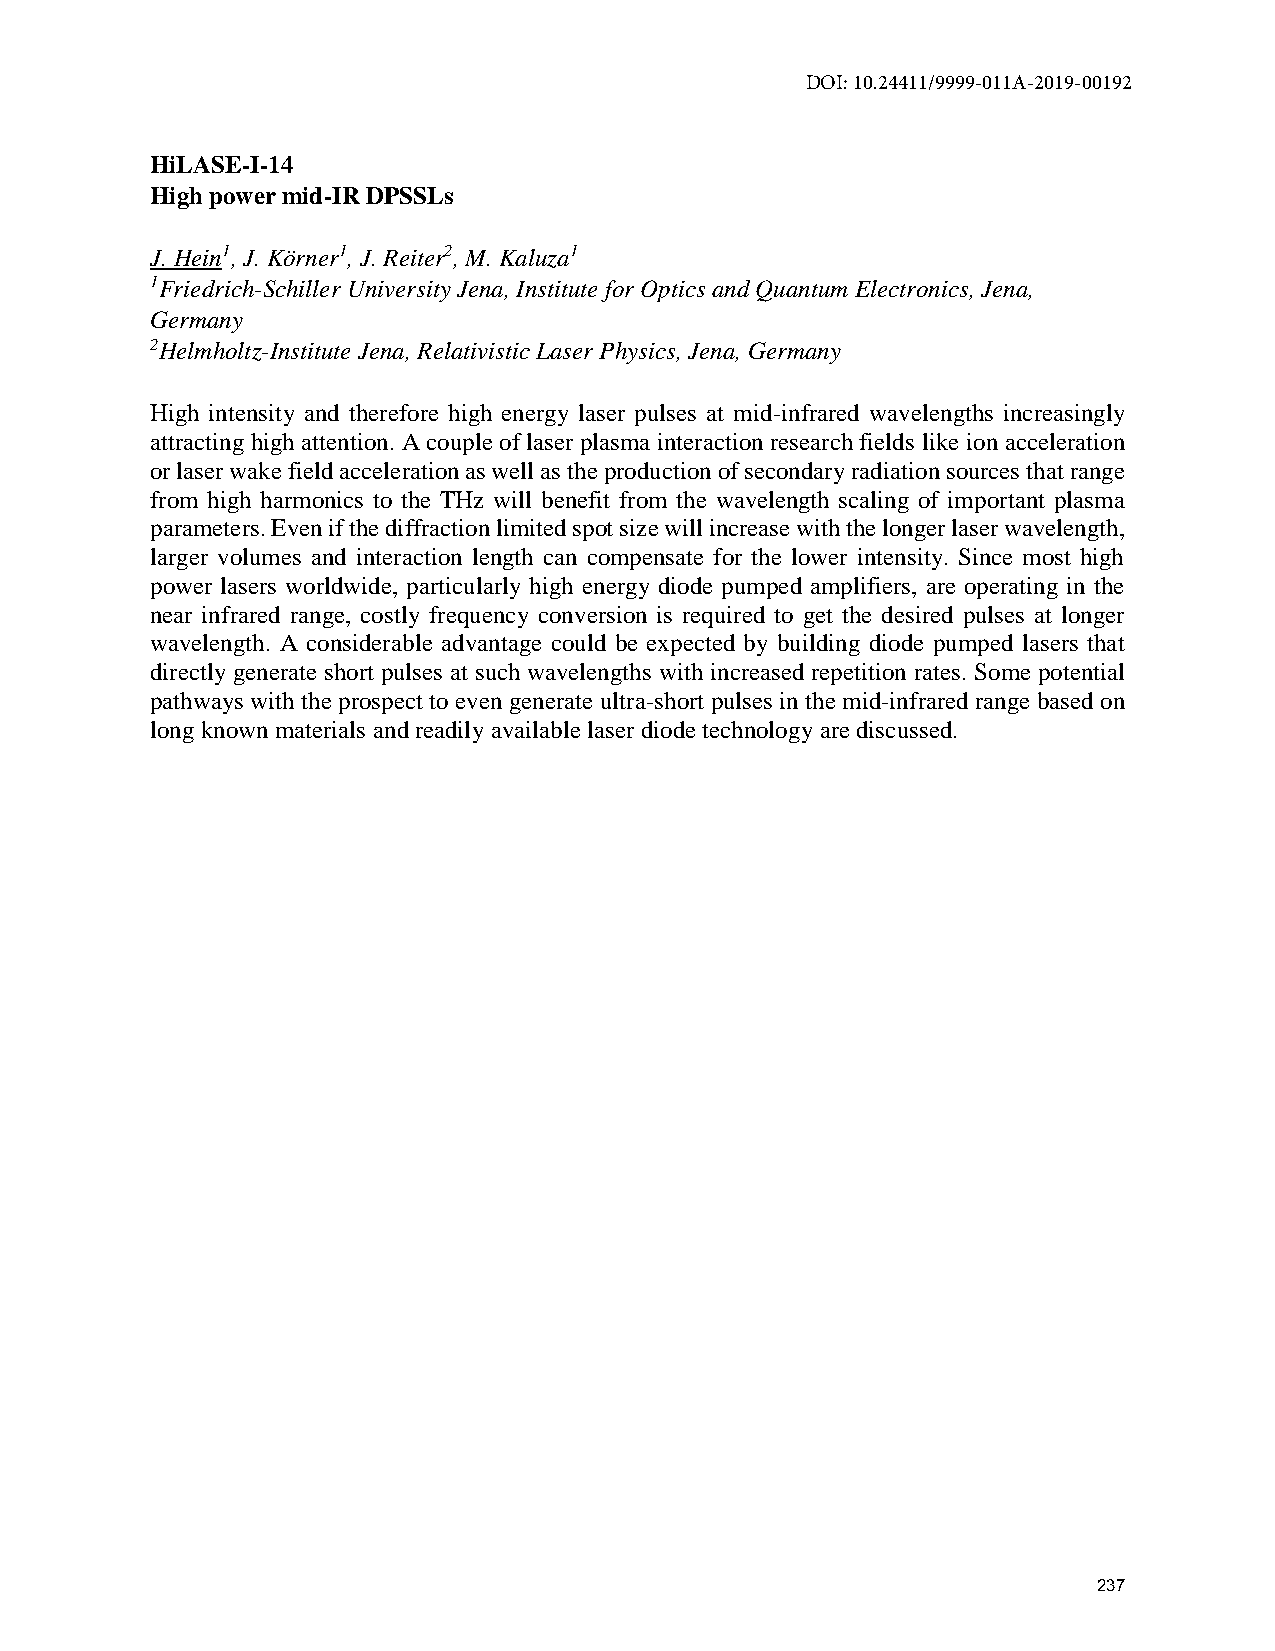
DOI: 10.24411/9999-011A-2019-00192
 HiLASE-I-14
 High power mid-IR DPSSLs
 J. Hein1, J. Körner1, J. Reiter2, M. Kaluza1
 1Friedrich-Schiller University Jena, Institute for Optics and Quantum Electronics, Jena,
 Germany
 2Helmholtz-Institute Jena, Relativistic Laser Physics, Jena, Germany
 High intensity and therefore high energy laser pulses at mid-infrared wavelengths increasingly
 attracting high attention. A couple of laser plasma interaction research fields like ion acceleration
 or laser wake field acceleration as well as the production of secondary radiation sources that range
 from high harmonics to the THz will benefit from the wavelength scaling of important plasma
 parameters. Even if the diffraction limited spot size will increase with the longer laser wavelength,
 larger volumes and interaction length can compensate for the lower intensity. Since most high
 power lasers worldwide, particularly high energy diode pumped amplifiers, are operating in the
 near infrared range, costly frequency conversion is required to get the desired pulses at longer
 wavelength. A considerable advantage could be expected by building diode pumped lasers that
 directly generate short pulses at such wavelengths with increased repetition rates. Some potential
 pathways with the prospect to even generate ultra-short pulses in the mid-infrared range based on
 long known materials and readily available laser diode technology are discussed.
 237